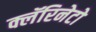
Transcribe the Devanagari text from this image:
क्लॅरिनेटो